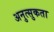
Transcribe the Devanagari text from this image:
अनुत्सुकता